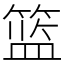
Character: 篮